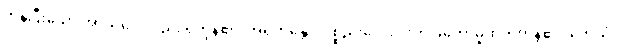
ကုန်ပြီးသော အာသဝေါလည်း ရှိကုန်၏။ အရဟန္တော၊ ပစ္စည်းလေးပါးကို ခံတော်မူထိုက်ကုန်၏။ တေသံ၊